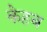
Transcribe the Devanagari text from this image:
केहब